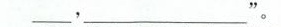
'___”。